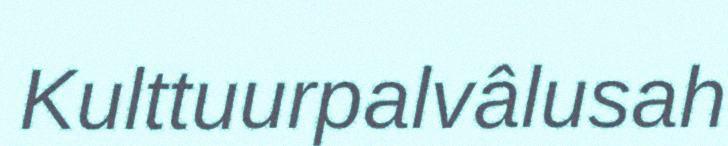
Kulttuurpalvâlusah